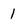
Character: 1